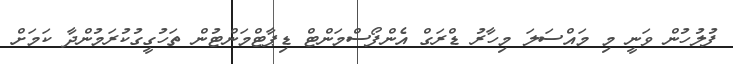
ފުލުހުން ވަނީ މި މައްސަލަ މިހާރު ޑްރަގް އެންފޯސްމަންޓް ޑިޕާޓްމަންޓުން ތަހުގީގުކުރަމުންދާ ކަމަށް